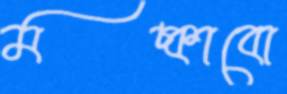
মচ্‌কাবো